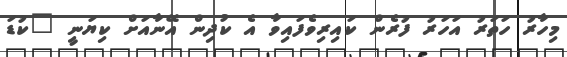
މިހާރު ހަތަރު އަހަރު ފުރެން ކައިރިވެފައިވާ އެ ކުދިން އޭނާއަށް ކިޔަނީ "ކުޑަ